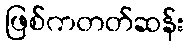
ဖြစ်ကတတ်ဆန်း